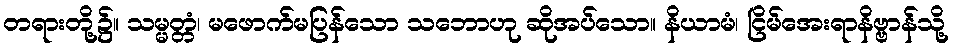
တရားတို့၌။ သမ္မတ္တံ၊ မဖောက်မပြန်သော သဘောဟု ဆိုအပ်သော။ နိယာမံ၊ ငြိမ်အေးရာနိဗ္ဗာန်သို့